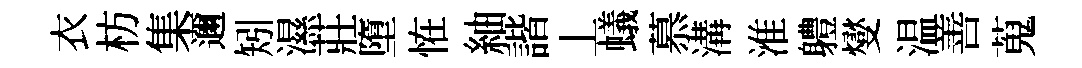
衣枋集邇矧濕莊墮恠紬諧丄蟻慕溝淮軆燮温善蒐